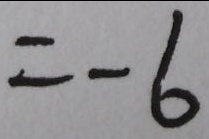
= - 6